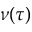
\nu ( \tau )